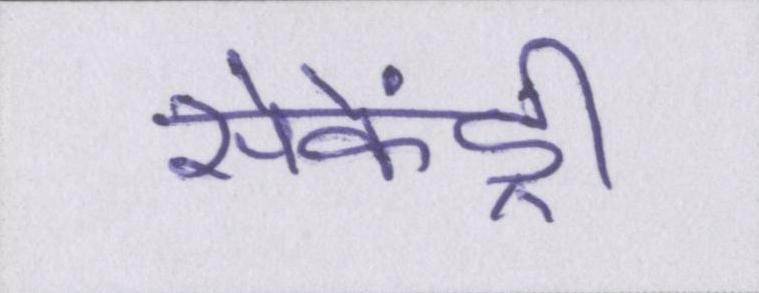
सेकेंड्री